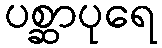
ပစ္ဆာပုရေ